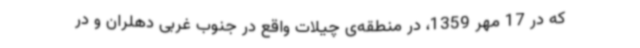
که در 17 مهر 1359، در منطقه‌ی چیلات واقع در جنوب غربی دهلران و در